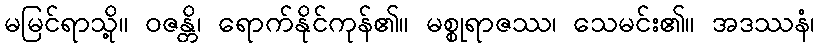
မမြင်ရာသို့။ ဝဇန္တိ၊ ရောက်နိုင်ကုန်၏။ မစ္စုရာဇဿ၊ သေမင်း၏။ အဒဿနံ၊